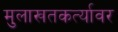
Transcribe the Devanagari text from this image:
मुलाखतकर्त्यावर